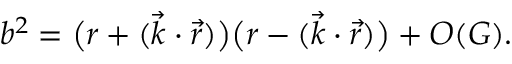
\begin{array} { r } { b ^ { 2 } = \big ( r + ( { \vec { k } } \cdot { \vec { r } } ) \big ) \big ( r - ( { \vec { k } } \cdot { \vec { r } } ) \big ) + { \cal O } ( G ) . } \end{array}